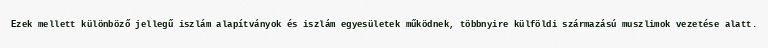
Ezek mellett különböző jellegű iszlám alapítványok és iszlám egyesületek működnek, többnyire külföldi származású muszlimok vezetése alatt.